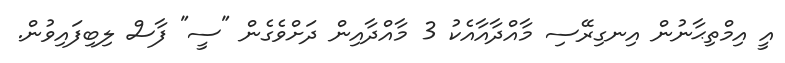
އީ އިމްތިޙާނުން އިނގިރޭސި މާއްދާއާއެކު 3 މާއްދާއިން ދަށްވެގެން "ސީ" ފާސް ލިބިފައިވުން.